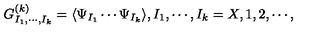
G _ { I _ { 1 } , \cdots , I _ { k } } ^ { ( k ) } = \langle \Psi _ { I _ { 1 } } \cdots \Psi _ { I _ { k } } \rangle , I _ { 1 } , \cdots , I _ { k } = X , 1 , 2 , \cdots ,